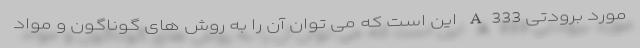
مورد برودتی A333 این است که می توان آن را به روش های گوناگون و مواد